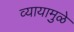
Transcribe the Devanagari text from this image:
व्यायामुळे